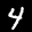
Label: 4